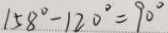
1 5 8 ^ { \circ } - 1 2 0 ^ { \circ } = 9 0 ^ { \circ }